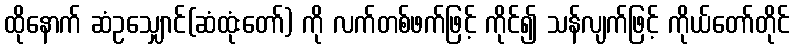
ထိုနောက် ဆံဥသျှောင်(ဆံထုံးတော်) ကို လက်တစ်ဖက်ဖြင့် ကိုင်၍ သန်လျက်ဖြင့် ကိုယ်တော်တိုင်